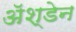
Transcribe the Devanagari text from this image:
ॲश्डेन